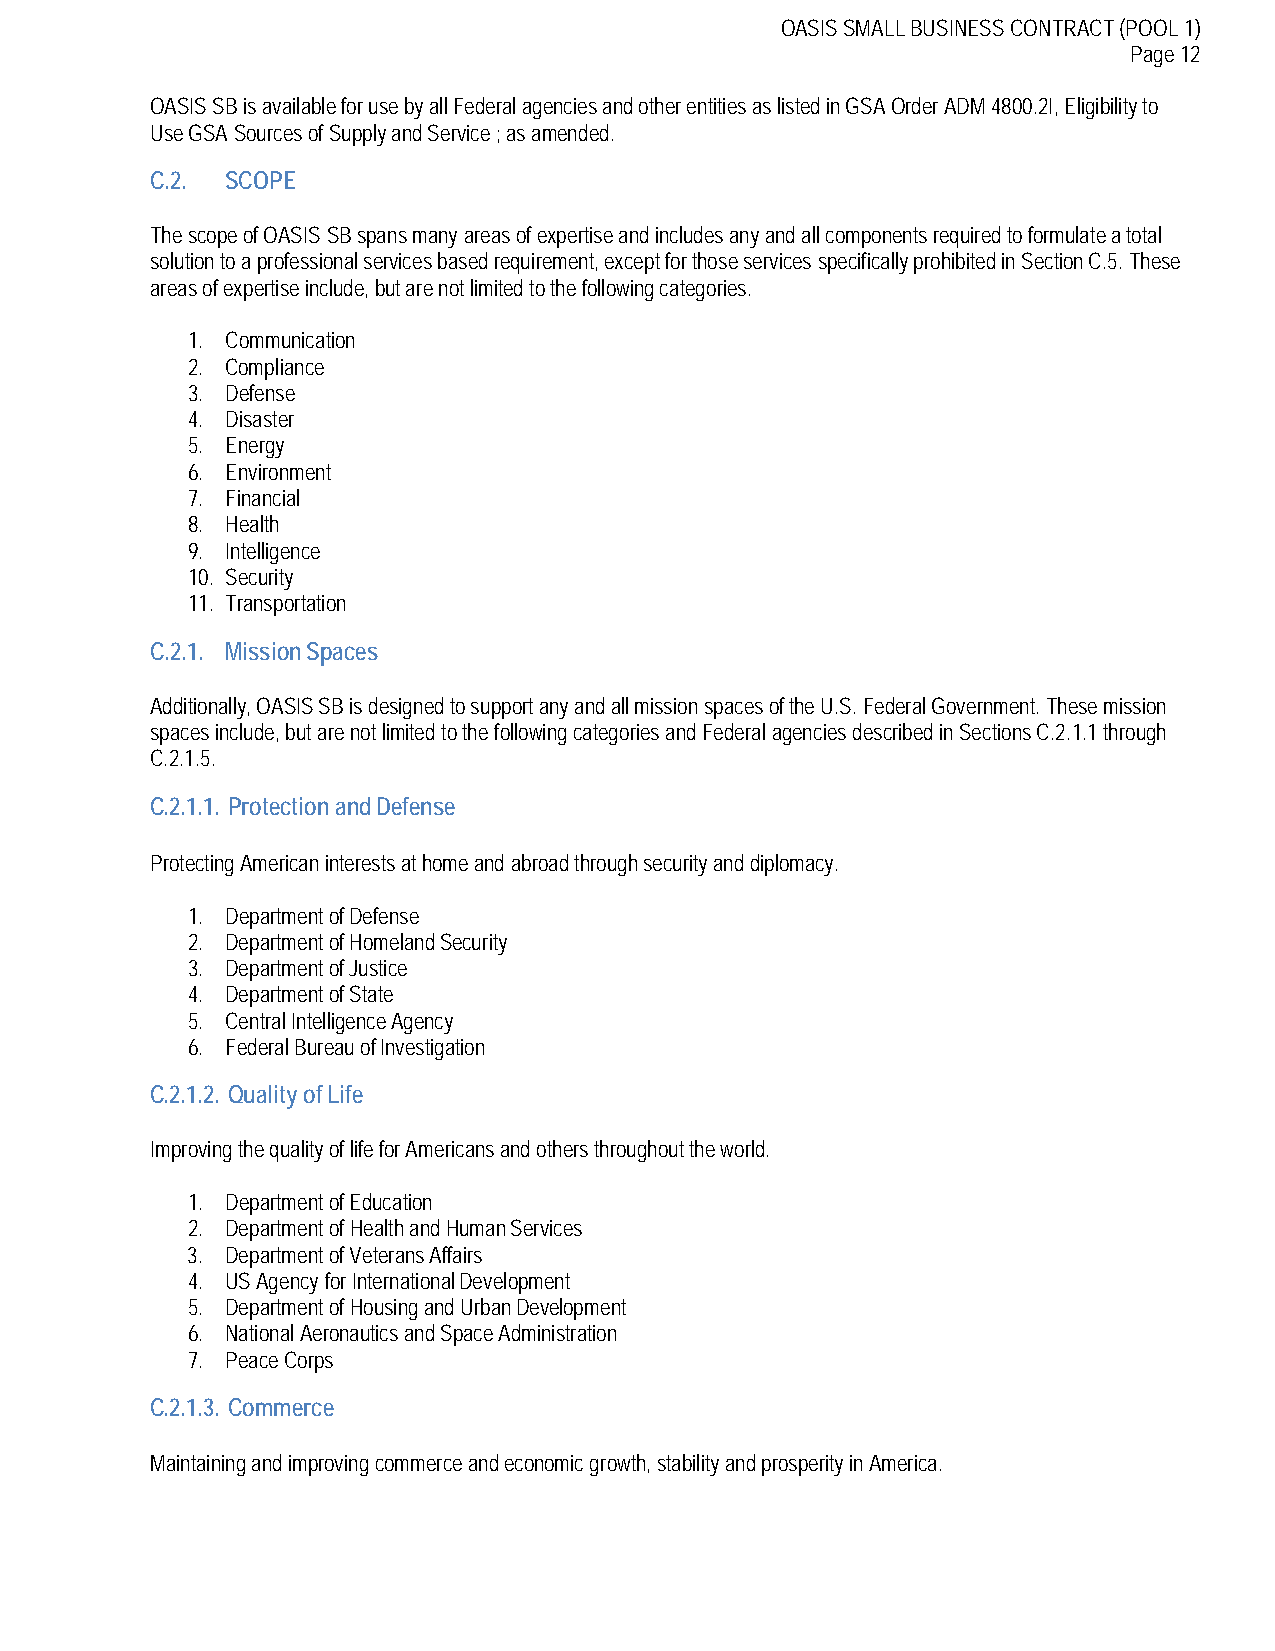
OASIS SMALL BUSINESS CONTRACT (POOL 1)
 Page 12
 OASIS SB is available for use by all Federal agencies and other entities as listed in GSA Order ADM 4800.2I, Eligibility to
 Use GSA Sources of Supply and Service ; as amended.
 C.2. SCOPE
 The scope of OASIS SB spans many areas of expertise and includes any and all components required to formulate a total
 solution to a professional services based requirement, except for those services specifically prohibited in Section C.5. These
 areas of expertise include, but are not limited to the following categories.
 1. Communication
 2. Compliance
 3. Defense
 4. Disaster
 5. Energy
 6. Environment
 7. Financial
 8. Health
 9. Intelligence
 10. Security
 11. Transportation
 C.2.1. Mission Spaces
 Additionally, OASIS SB is designed to support any and all mission spaces of the U.S. Federal Government. These mission
 spaces include, but are not limited to the following categories and Federal agencies described in Sections C.2.1.1 through
 C.2.1.5.
 C.2.1.1. Protection and Defense
 Protecting American interests at home and abroad through security and diplomacy.
 1. Department of Defense
 2. Department of Homeland Security
 3. Department of Justice
 4. Department of State
 5. Central Intelligence Agency
 6. Federal Bureau of Investigation
 C.2.1.2. Quality of Life
 Improving the quality of life for Americans and others throughout the world.
 1. Department of Education
 2. Department of Health and Human Services
 3. Department of Veterans Affairs
 4. US Agency for International Development
 5. Department of Housing and Urban Development
 6. National Aeronautics and Space Administration
 7. Peace Corps
 C.2.1.3. Commerce
 Maintaining and improving commerce and economic growth, stability and prosperity in America.